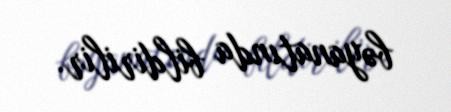
bəyanatında bildirilir.